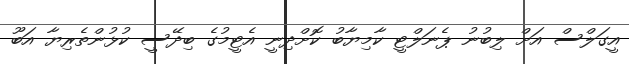
އީގަލްސް އަށް ލިބުނު ޕެނަލްޓީ ކާމިޔާބު ކޮށްދިނީ އެޓީމުގެ ބިދޭސީ ކުޅުންތެރިޔާ އަބޫ